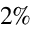
2 \%